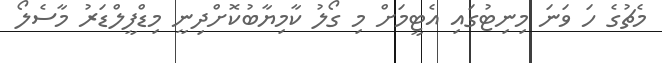
މެޗުގެ ހަ ވަނަ މިނިޓުގައި އެޓީމަށް މި ގޯލު ކާމިޔާބުކޮށްދިނީ މިޑްފީލްޑަރު މާސެލޯ